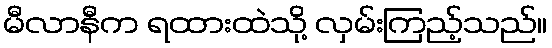
မီလာနီက ရထားထဲသို့ လှမ်းကြည့်သည်။